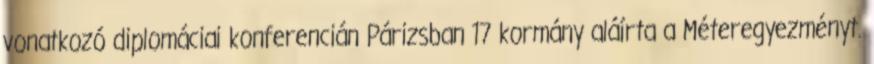
vonatkozó diplomáciai konferencián Párizsban 17 kormány aláírta a Méteregyezményt.